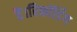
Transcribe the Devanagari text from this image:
हैं।रिकॉर्डिंग